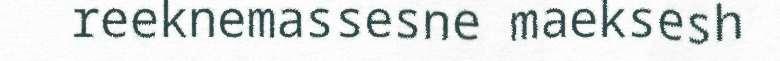
reeknemassesne maeksesh